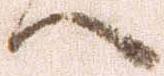
へ